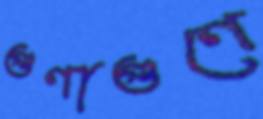
গুণাগুণে